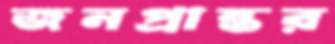
জনপ্রান্তর